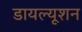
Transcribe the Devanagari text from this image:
डायल्यूशन